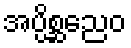
အပ္ပိစ္ဆညေဝ